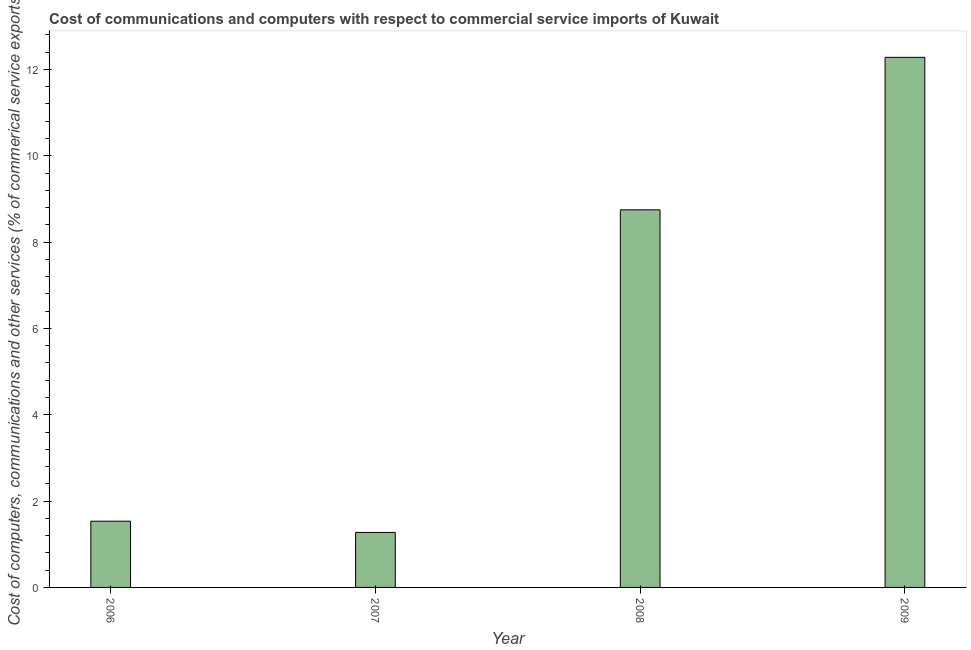
| Year | Computer |
 | --- | --- |
 | 2006 | 1.53 |
 | 2007 | 1.27 |
 | 2008 | 8.75 |
 | 2009 | 12.3 |